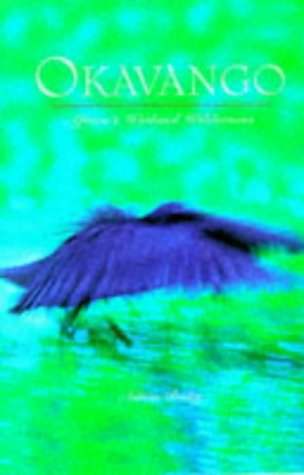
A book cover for Okavango: Wetland Wilderness; Adrian Bailey; Travel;